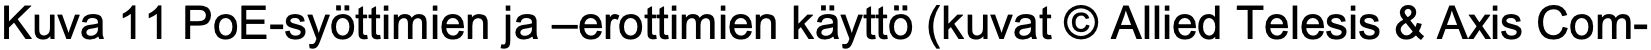
Kuva 11 PoE-syöttimien ja –erottimien käyttö (kuvat © Allied Telesis & Axis Com-